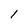
Character: 1